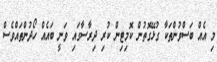
މި އެއް ބަސްވުންތަކާ ގުޅޭގޮތުން ކޮމިޓިން ކުރި ދިރާސާގައި ވަނީ ބައެއް ހޯދުންތައްވެސް